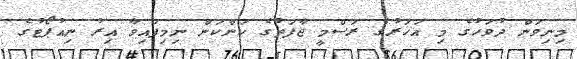
މިނިވަން ދުވަހުގެ މި އަހަރުގެ ރަސްމީ ޖާފަތުގެ ކަންކަން ނިމިފައިވާ އިރު ނިއުޕޯޓުގެ